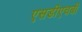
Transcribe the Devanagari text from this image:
एसडीएचबी